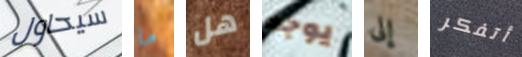
سيحاول ما هل يوجد إلى أتفكر